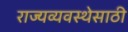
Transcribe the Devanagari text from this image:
राज्यव्यवस्थेसाठी